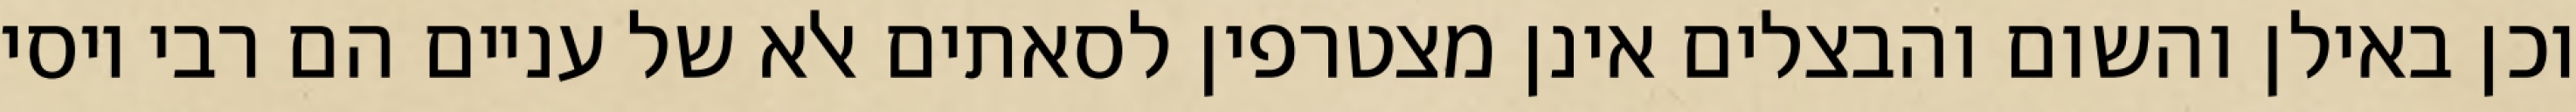
וכן באילן והשום והבצלים אינן מצטרפין לסאתים אלא של עניים הם רבי יוסי